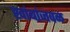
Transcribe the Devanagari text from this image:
खांबांजवळ